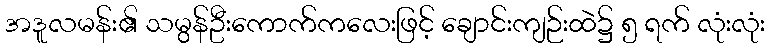
အဒူလမန်း၏ သမွန်ဦးကောက်ကလေးဖြင့် ချောင်းကျဉ်းထဲ၌ ၅ ရက် လုံးလုံး